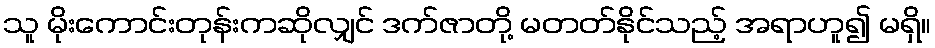
သူ မိုးကောင်းတုန်းကဆိုလျှင် ဒက်ဇာတို့ မတတ်နိုင်သည့် အရာဟူ၍ မရှိ။